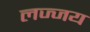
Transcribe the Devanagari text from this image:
लज्जय